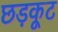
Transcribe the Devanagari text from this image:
छड़कूट